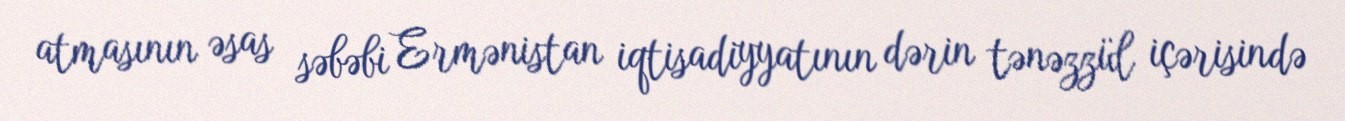
atmasının əsas səbəbi Ermənistan iqtisadiyyatının dərin tənəzzül içərisində